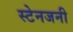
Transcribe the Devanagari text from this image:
स्टेनजनी